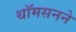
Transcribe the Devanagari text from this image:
थॉमसनने